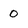
Character: 0